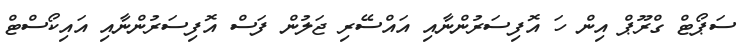
ސަޕޯޓް ގްރޫޕް އިން ހަ އޮފިސަރުންނާއި އައްސޭރި ޖަލުން ފަސް އޮފިސަރުންނާއި އައިކޯސްޓް